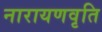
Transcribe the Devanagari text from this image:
नारायणवृति